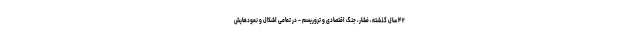
۴۲ سال گذشته، فشار، جنگ اقتصادی و تروریسم – در تمامی اشکال و نمودهایش